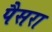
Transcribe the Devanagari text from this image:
पैसरा